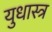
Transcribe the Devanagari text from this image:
युधास्त्र